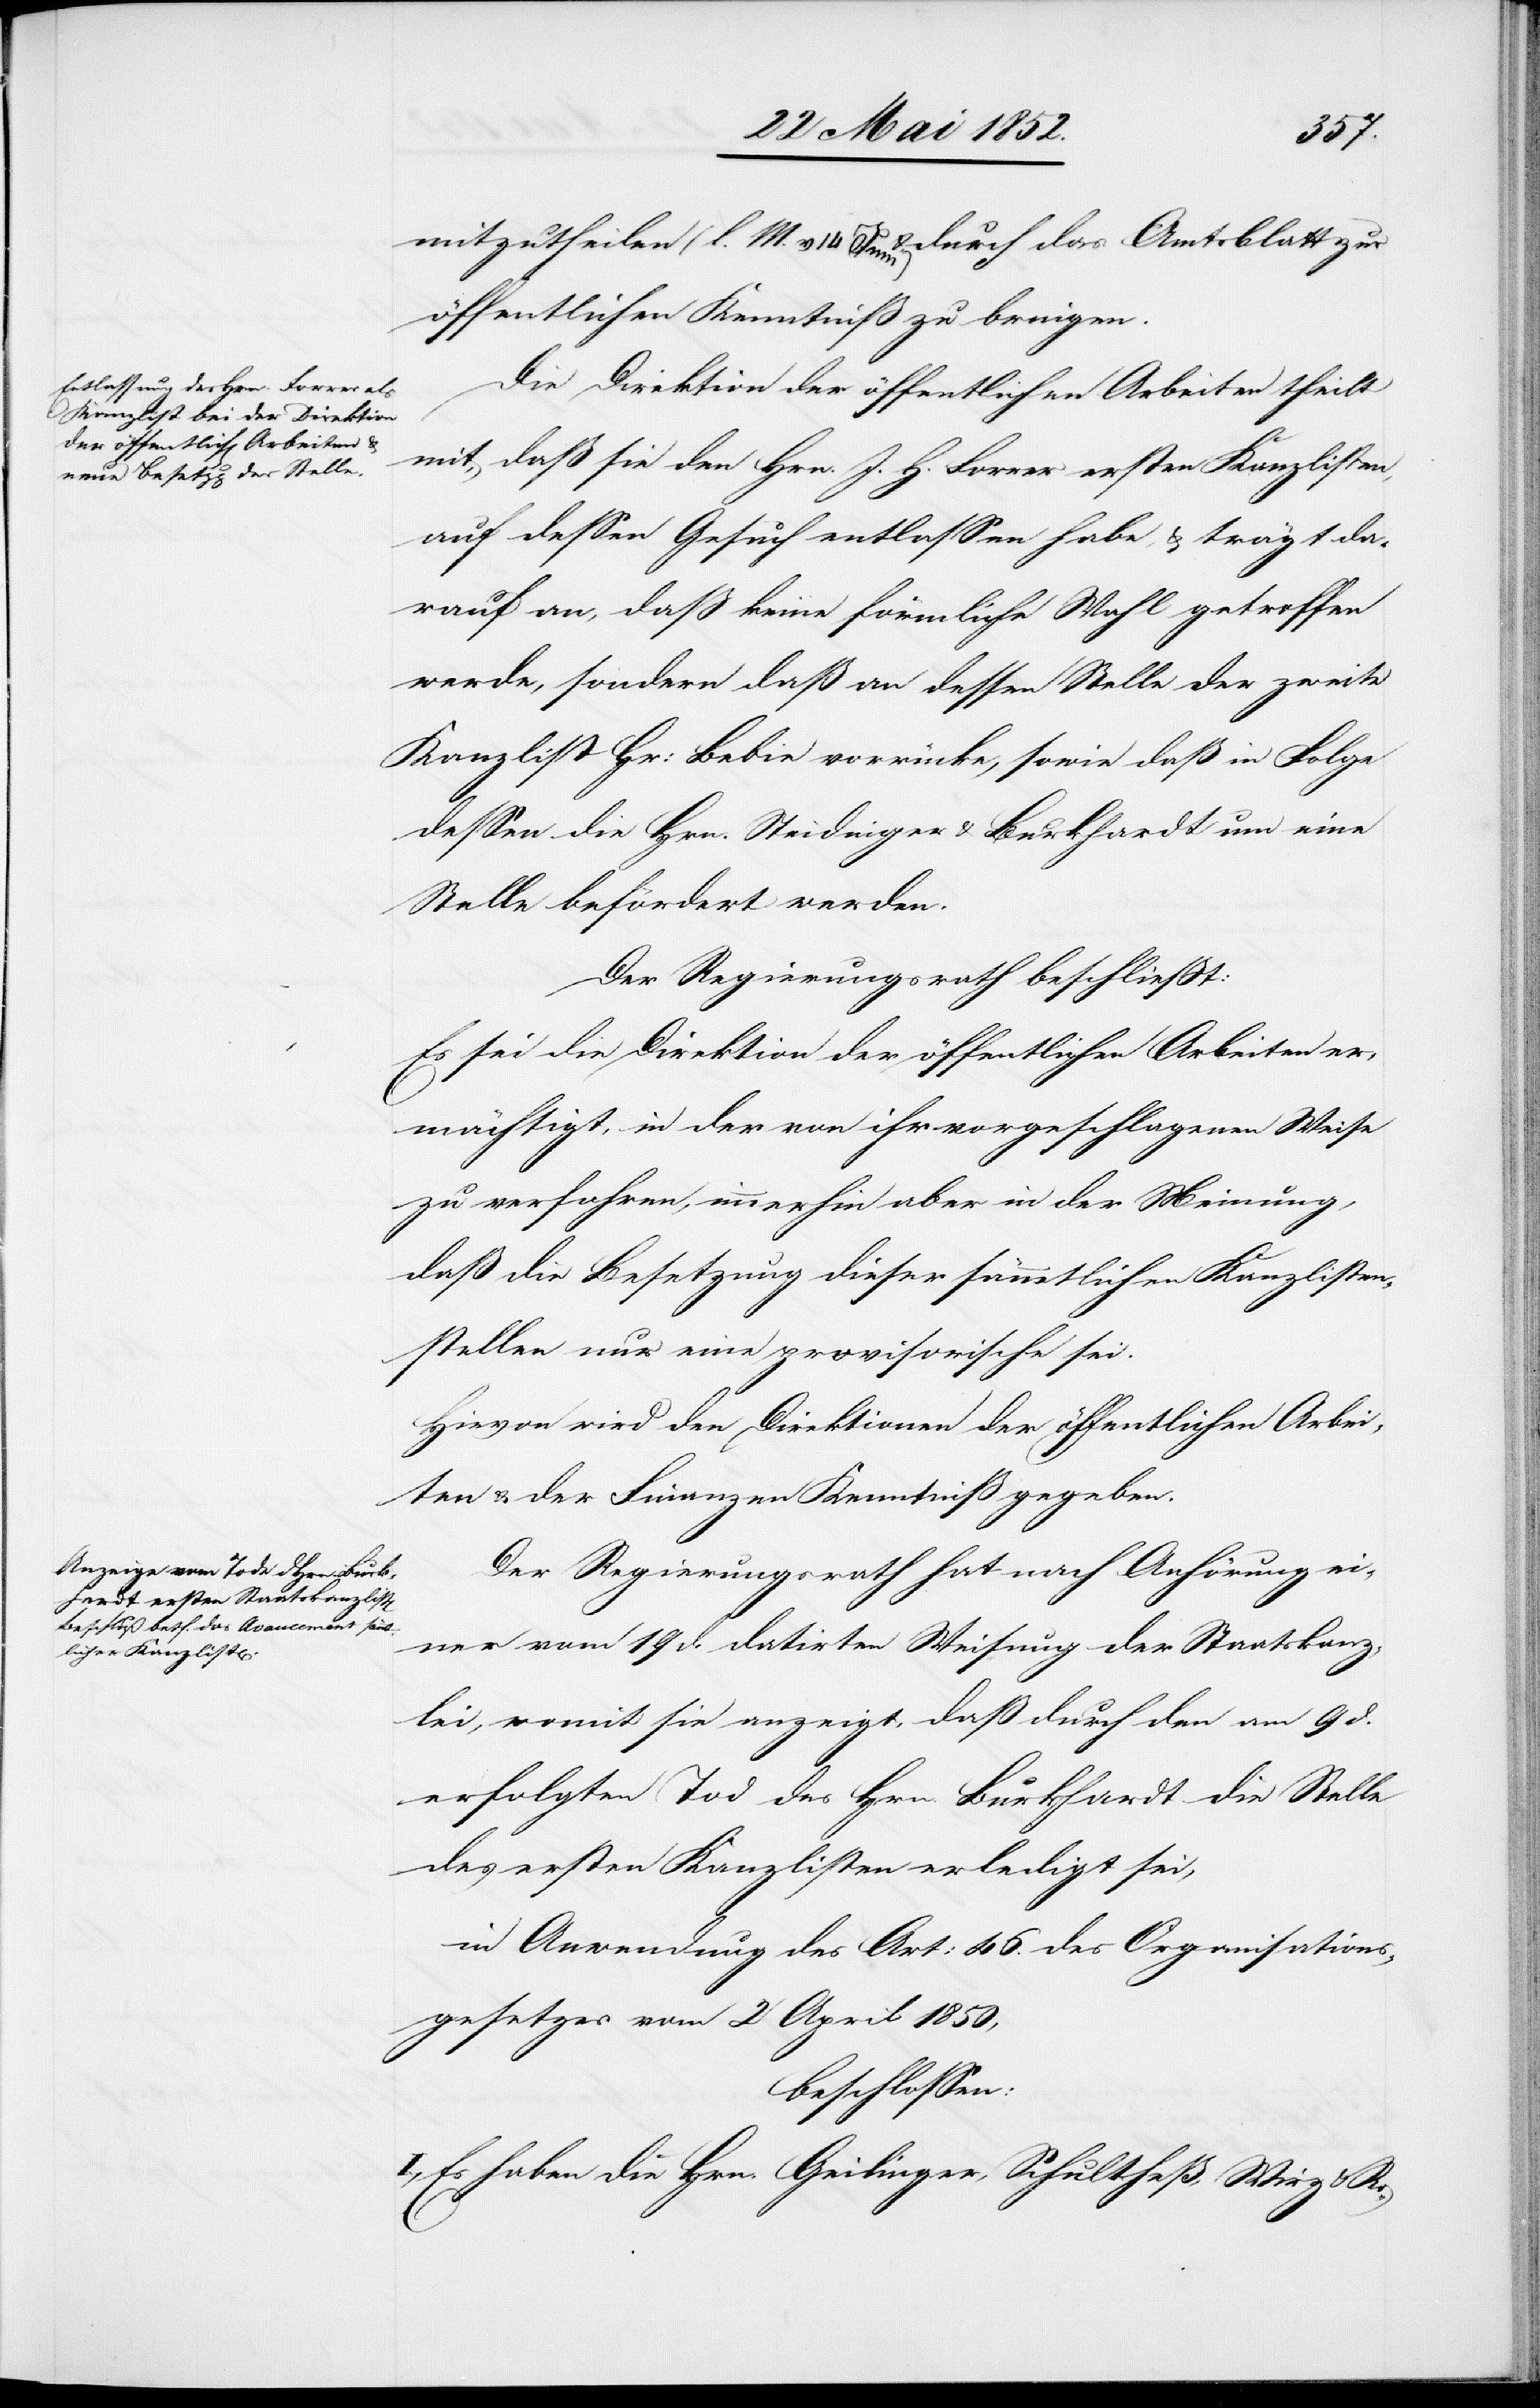
mitzutheilen (l. M. v. 14 Juni) & durch das Amtsblatt zur
öffentlichen Kenntniß zu bringen.
Die Direktion der öffentlichen Arbeiten theilt
mit, daß sie den Hrn. J. H. Forrer ersten Kanzlisten,
auf dessen Gesuch entlassen habe, & trägt da¬
rauf an, dass keine förmliche Wahl getroffen
werde, sondern daß an dessen Stelle der zweite
Kanzlist Hr: Bebie vorrücke, sowie daß in Folge
dessen die Hrn. Steidinger & Burkhardt um eine
Stelle befördert werden.
Der Regierungsrath beschliesst:
Es sei die Direktion der öffentlichen Arbeiten er¬
mächtigt, in der von ihr vorgeschlagenen Weise
zu verfahren, immerhin aber in der Meinung,
daß die Besetzung dieser sämmtlichen Kanzlisten¬
stellen nur eine provisorische sei.
Hievon wird den Direktionen der öffentlichen Arbei¬
ten & der Finanzen Kenntniß gegeben.
Der Regierungsrath hat nach Anhörung ei¬
ner vom 19 d. datirten Weisung der Staatskanz¬
lei, womit sie anzeigt, daß durch den am 9 d.
erfolgten Tod des Hrn. Burkhardt die Stelle
des ersten Kanzlisten erledigt sei,
in Anwendung des Art: 46. des Organisations¬
gesetzes vom 2 April 1850,
beschlossen:
I., Es haben die Hrn. Geilinger, Schultheß, Wirz & Ro-